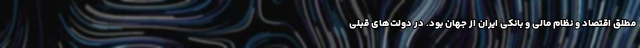
مطلق اقتصاد و نظام مالی و بانکی ایران از جهان بود. در دولت‌های قبلی